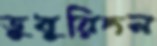
ডুবুরিদল